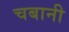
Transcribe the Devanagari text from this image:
चबानी